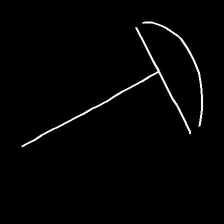
Glyph: dispersion